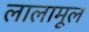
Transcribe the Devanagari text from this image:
लालामूल